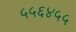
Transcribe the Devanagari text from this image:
५५६४५५